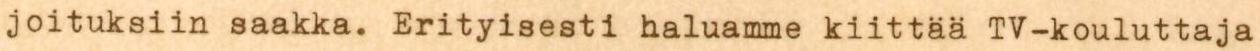
joituksiin saakka. Erityisesti haluamme kiittää TV-kouluttaja